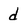
Character: d